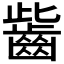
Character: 𪗶